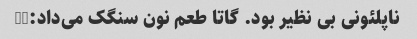
ناپلئونی بی نظیر بود. گاتا طعم نون سنگک می‌داد:))